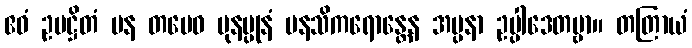
ဧဝံ ဥပဋ္ဌိတံ ပန တမေဝ ပုနပ္ပုနံ မနသိကရောန္တေန အပ္ပနာ ဥပ္ပါဒေတဗ္ဗာ။ တတြာယံ